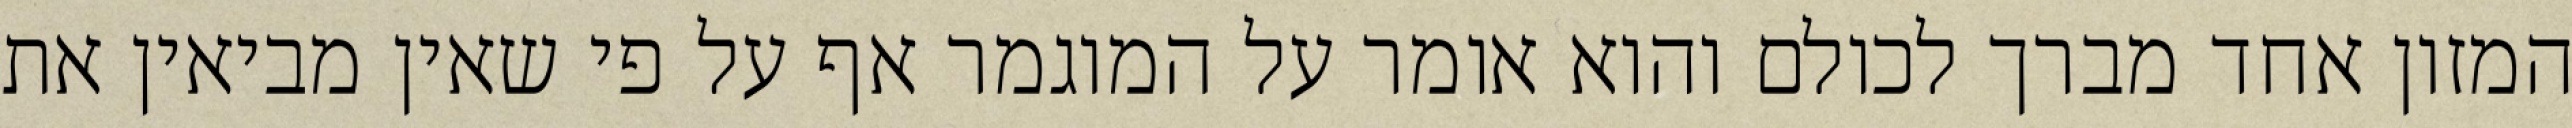
המזון אחד מברך לכולם והוא אומר על המוגמר אף על פי שאין מביאין את